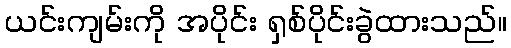
ယင်းကျမ်းကို အပိုင်း ရှစ်ပိုင်းခွဲထားသည်။